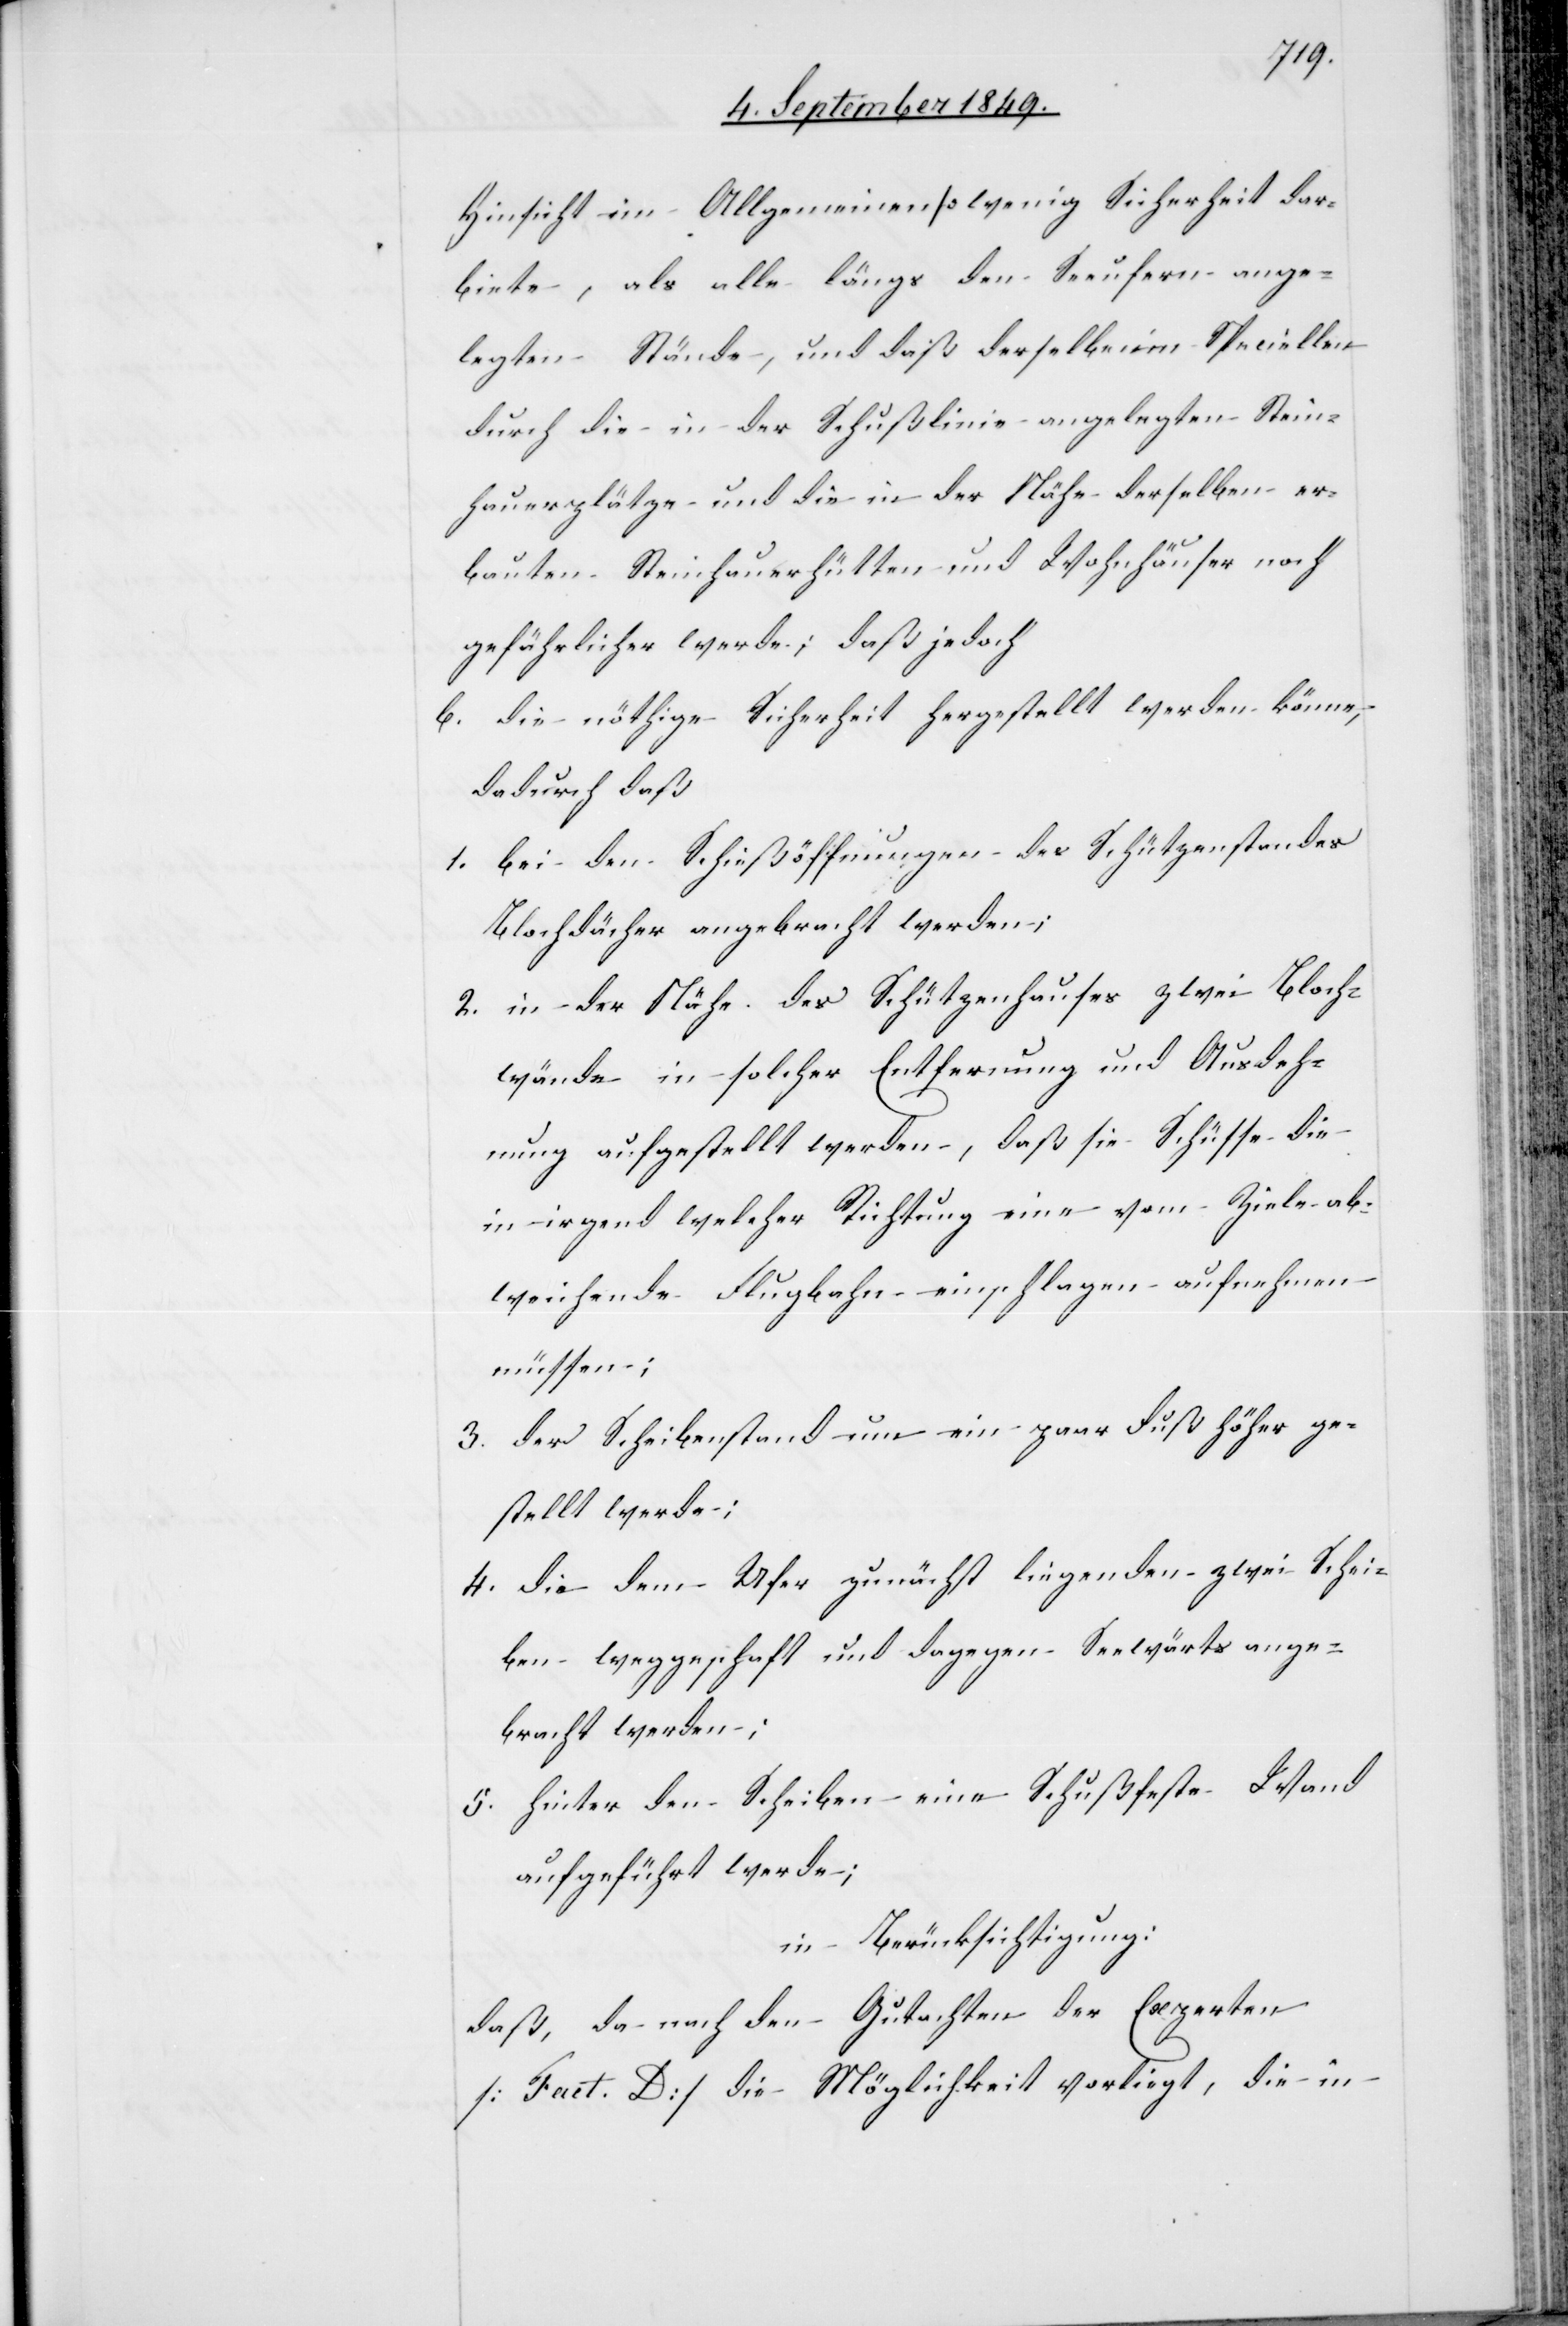
Hinsicht im Allgemeinen so wenig Sicherheit dar¬
biete, als alle längs den Seeufern ange¬
legten Stände, und daß derselbe im speciellen
durch die in der Schußlinie angelegten Stein¬
hauerplätze und die in der Nähe derselben er¬
bauten Steinhauerhütten und Wohnhäuser noch
gefährlicher werde; daß jedoch
b. die nöthige Sicherheit hergestellt werden könne,
dadurch daß
1. bei den Schießöffnungen des Schützenstandes
Blochdächer angebracht werden;
2. in der Nähe des Schützenhauses zwei Bloch¬
wände in solcher Entfernung und Ausdeh¬
nung aufgestellt werden, daß sie Schüsse die
in irgend welcher Richtung eine vom Ziele ab¬
weichende Flugbahn einschlagen aufnehmen
müssen;
3. der Scheibenstand um ein paar Fuß höher ge¬
stellt werde;
4. die dem Ufer zunächst liegenden zwei Schei¬
ben weggeschafft und dagegen Seewärts ange¬
bracht werden;
5. Hinter den Scheiben eine Schußfeste Wand
aufgeführt werde;
in Berücksichtigung:
daß, da nach den Gutachten der Experten
[Fact. D] die Möglichkeit vorliegt, die in